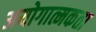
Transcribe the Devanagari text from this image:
अयोगात्मकता